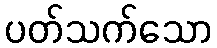
ပတ်သက်သော